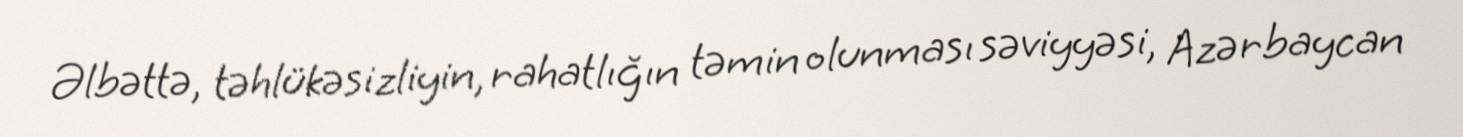
Əlbəttə, təhlükəsizliyin, rahatlığın təmin olunması səviyyəsi, Azərbaycan